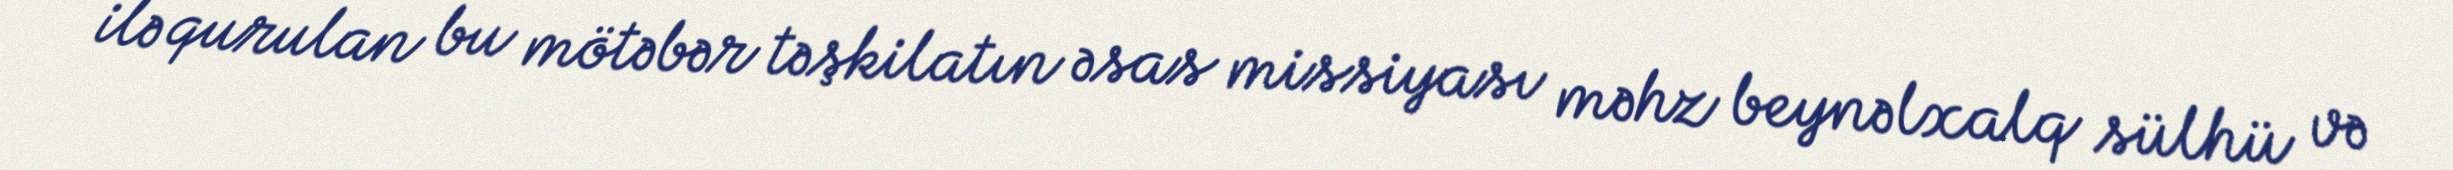
ilə qurulan bu mötəbər təşkilatın əsas missiyası məhz beynəlxalq sülhü və